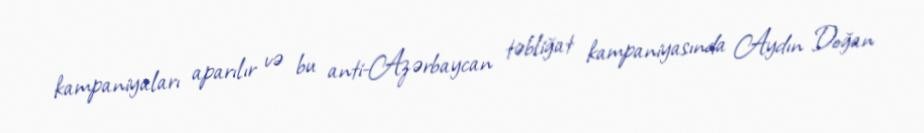
kampaniyaları aparılır və bu anti-Azərbaycan təbliğat kampaniyasında Aydın Doğan